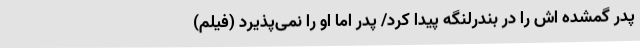
پدر گمشده اش را در بندرلنگه پیدا کرد/ پدر اما او را نمی‌پذیرد (فیلم)